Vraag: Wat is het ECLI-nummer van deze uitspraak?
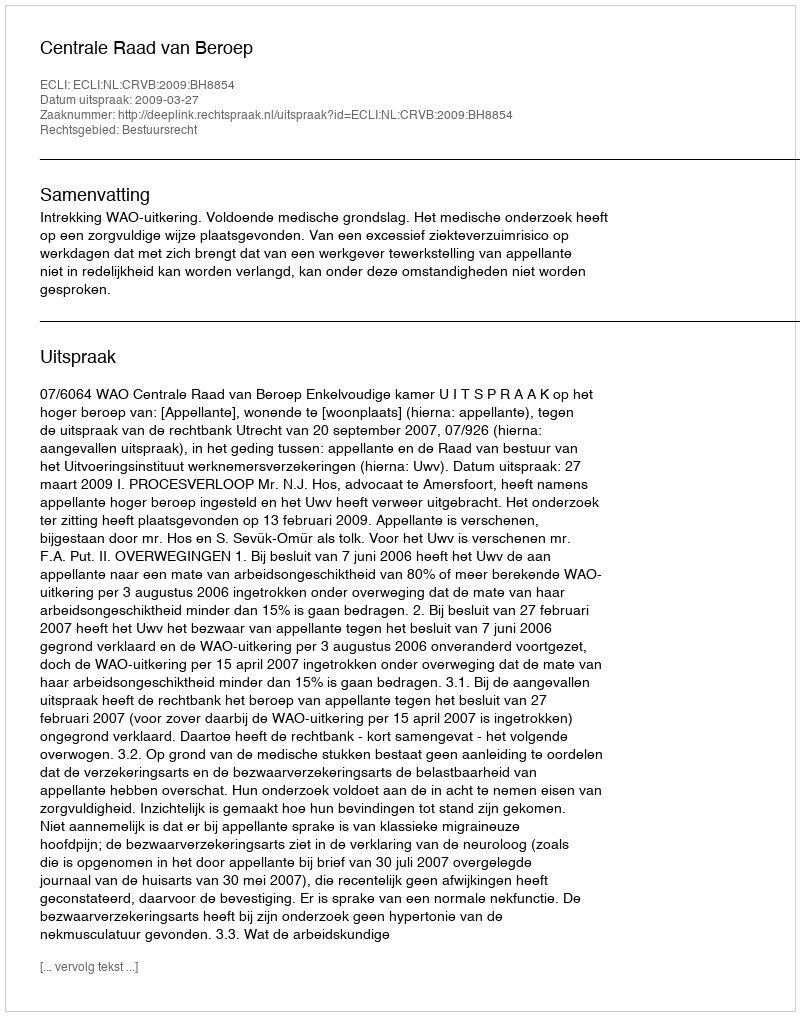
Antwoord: ECLI:NL:CRVB:2009:BH8854